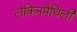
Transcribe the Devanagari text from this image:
लेकिनमैथिली